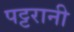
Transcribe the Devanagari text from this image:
पट्टरानी